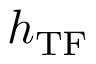
\boldsymbol { h } _ { \mathrm { T F } }